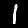
Label: 1